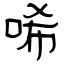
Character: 唏